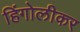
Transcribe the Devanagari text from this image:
हिंगोलीकर